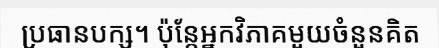
ប្រធានបក្ស។ ប៉ុន្តែអ្នកវិភាគមួយចំនួនគិត